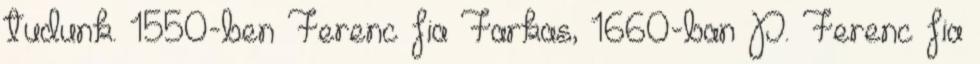
tudunk. 1550-ben Ferenc fia Farkas, 1660-ban P. Ferenc fia